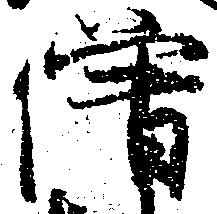
僧